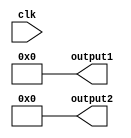
module parameter_assignment_example #(
    parameter PARAMETER1 = 8,
    parameter PARAMETER2 = 16
)(
    // module ports declaration
    input wire clk,
    output reg [PARAMETER1-1:0] output1,
    output reg [PARAMETER2-1:0] output2
);

// module implementation

// parameter assignment statement
initial begin
    output1 = 0;
    output2 = 0;
    $display("Parameter1 value is: %0d", PARAMETER1);
    $display("Parameter2 value is: %0d", PARAMETER2);
end

// other behavioral code

endmodule